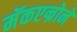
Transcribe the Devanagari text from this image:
मॅकएन्रोने